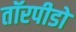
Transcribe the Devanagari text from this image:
तॉरपीडो